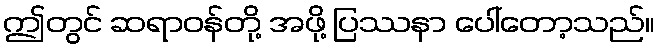
ဤတွင် ဆရာဝန်တို့ အဖို့ ပြဿနာ ပေါ်တော့သည်။